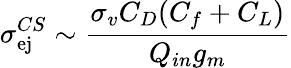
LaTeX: \sigma_{\mathrm{ej}}^{CS}\sim\frac{\sigma_{v}C_{D}(C_{f}+C_{L})}{Q_{in}g_{m}}